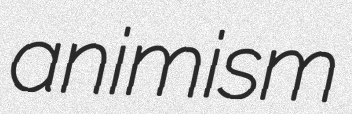
animism